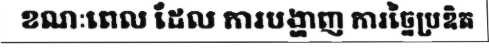
ខណៈពេល ដែល ការបង្ហាញ ការច្នៃប្រឌិត